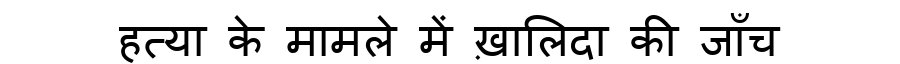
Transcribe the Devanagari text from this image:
हत्या के मामले में ख़ालिदा की जाँच